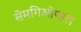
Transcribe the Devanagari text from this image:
सेमगिओप्सल